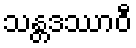
သန္တဒဿာဝီ